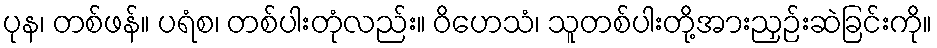
ပုန၊ တစ်ဖန်။ ပရံစ၊ တစ်ပါးတုံလည်း။ ဝိဟေသံ၊ သူတစ်ပါးတို့အားညှဉ်းဆဲခြင်းကို။